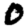
Digit: 0